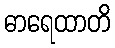
ဓာရေထာတိ